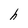
Character: h